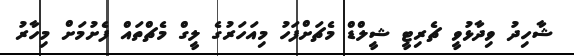
ޝާހިދު ވިދާޅުވީ ޗެރިޓީ ޝީލްޑް މެޗަށްފަހު މިއަހަރުގެ ލީގް މެޗްތައް ފެށުމަށް މިހާރު